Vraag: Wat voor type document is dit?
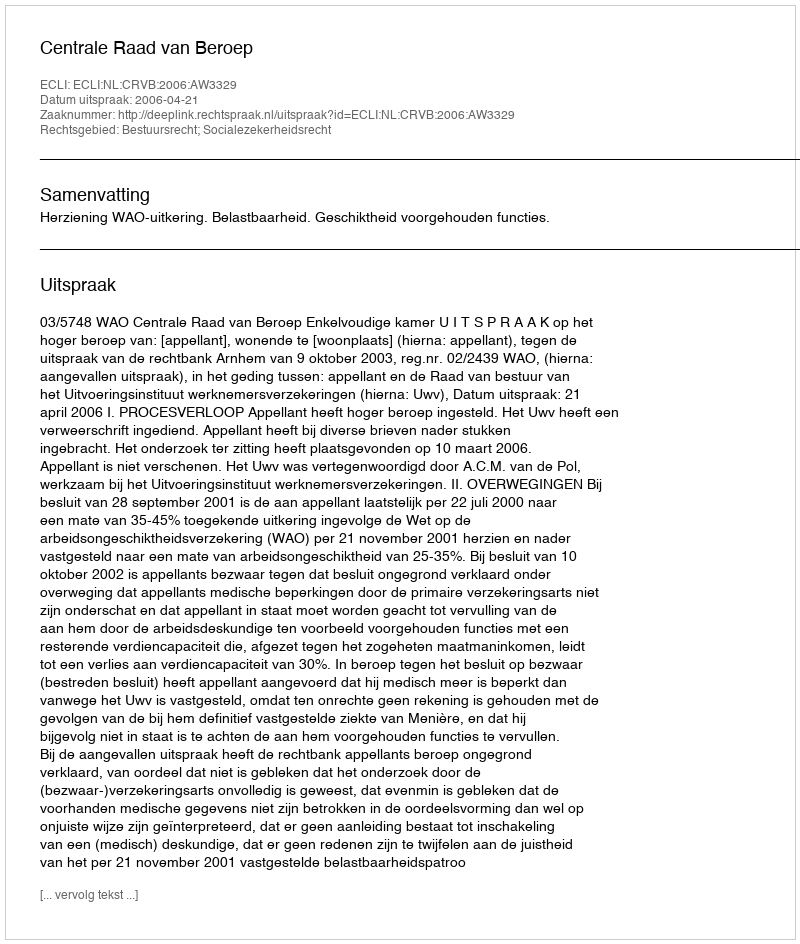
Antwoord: Uitspraak